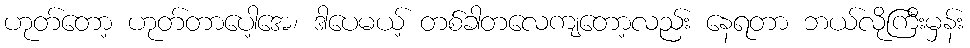
ဟုတ်တော့ ဟုတ်တာပေါ့အေ၊ ဒါပေမယ့် တစ်ခါတလေကျတော့လည်း နေရတာ ဘယ်လိုကြီးမှန်း